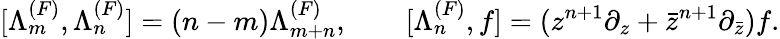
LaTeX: [\Lambda_{m}^{(F)},\Lambda_{n}^{(F)}]=(n-m)\Lambda_{m+n}^{(F)},\qquad[\Lambda_{n}^{(F)},f]=(z^{n+1}\partial_{z}+{\bar{z}}^{n+1}\partial_{\bar{z}})f.